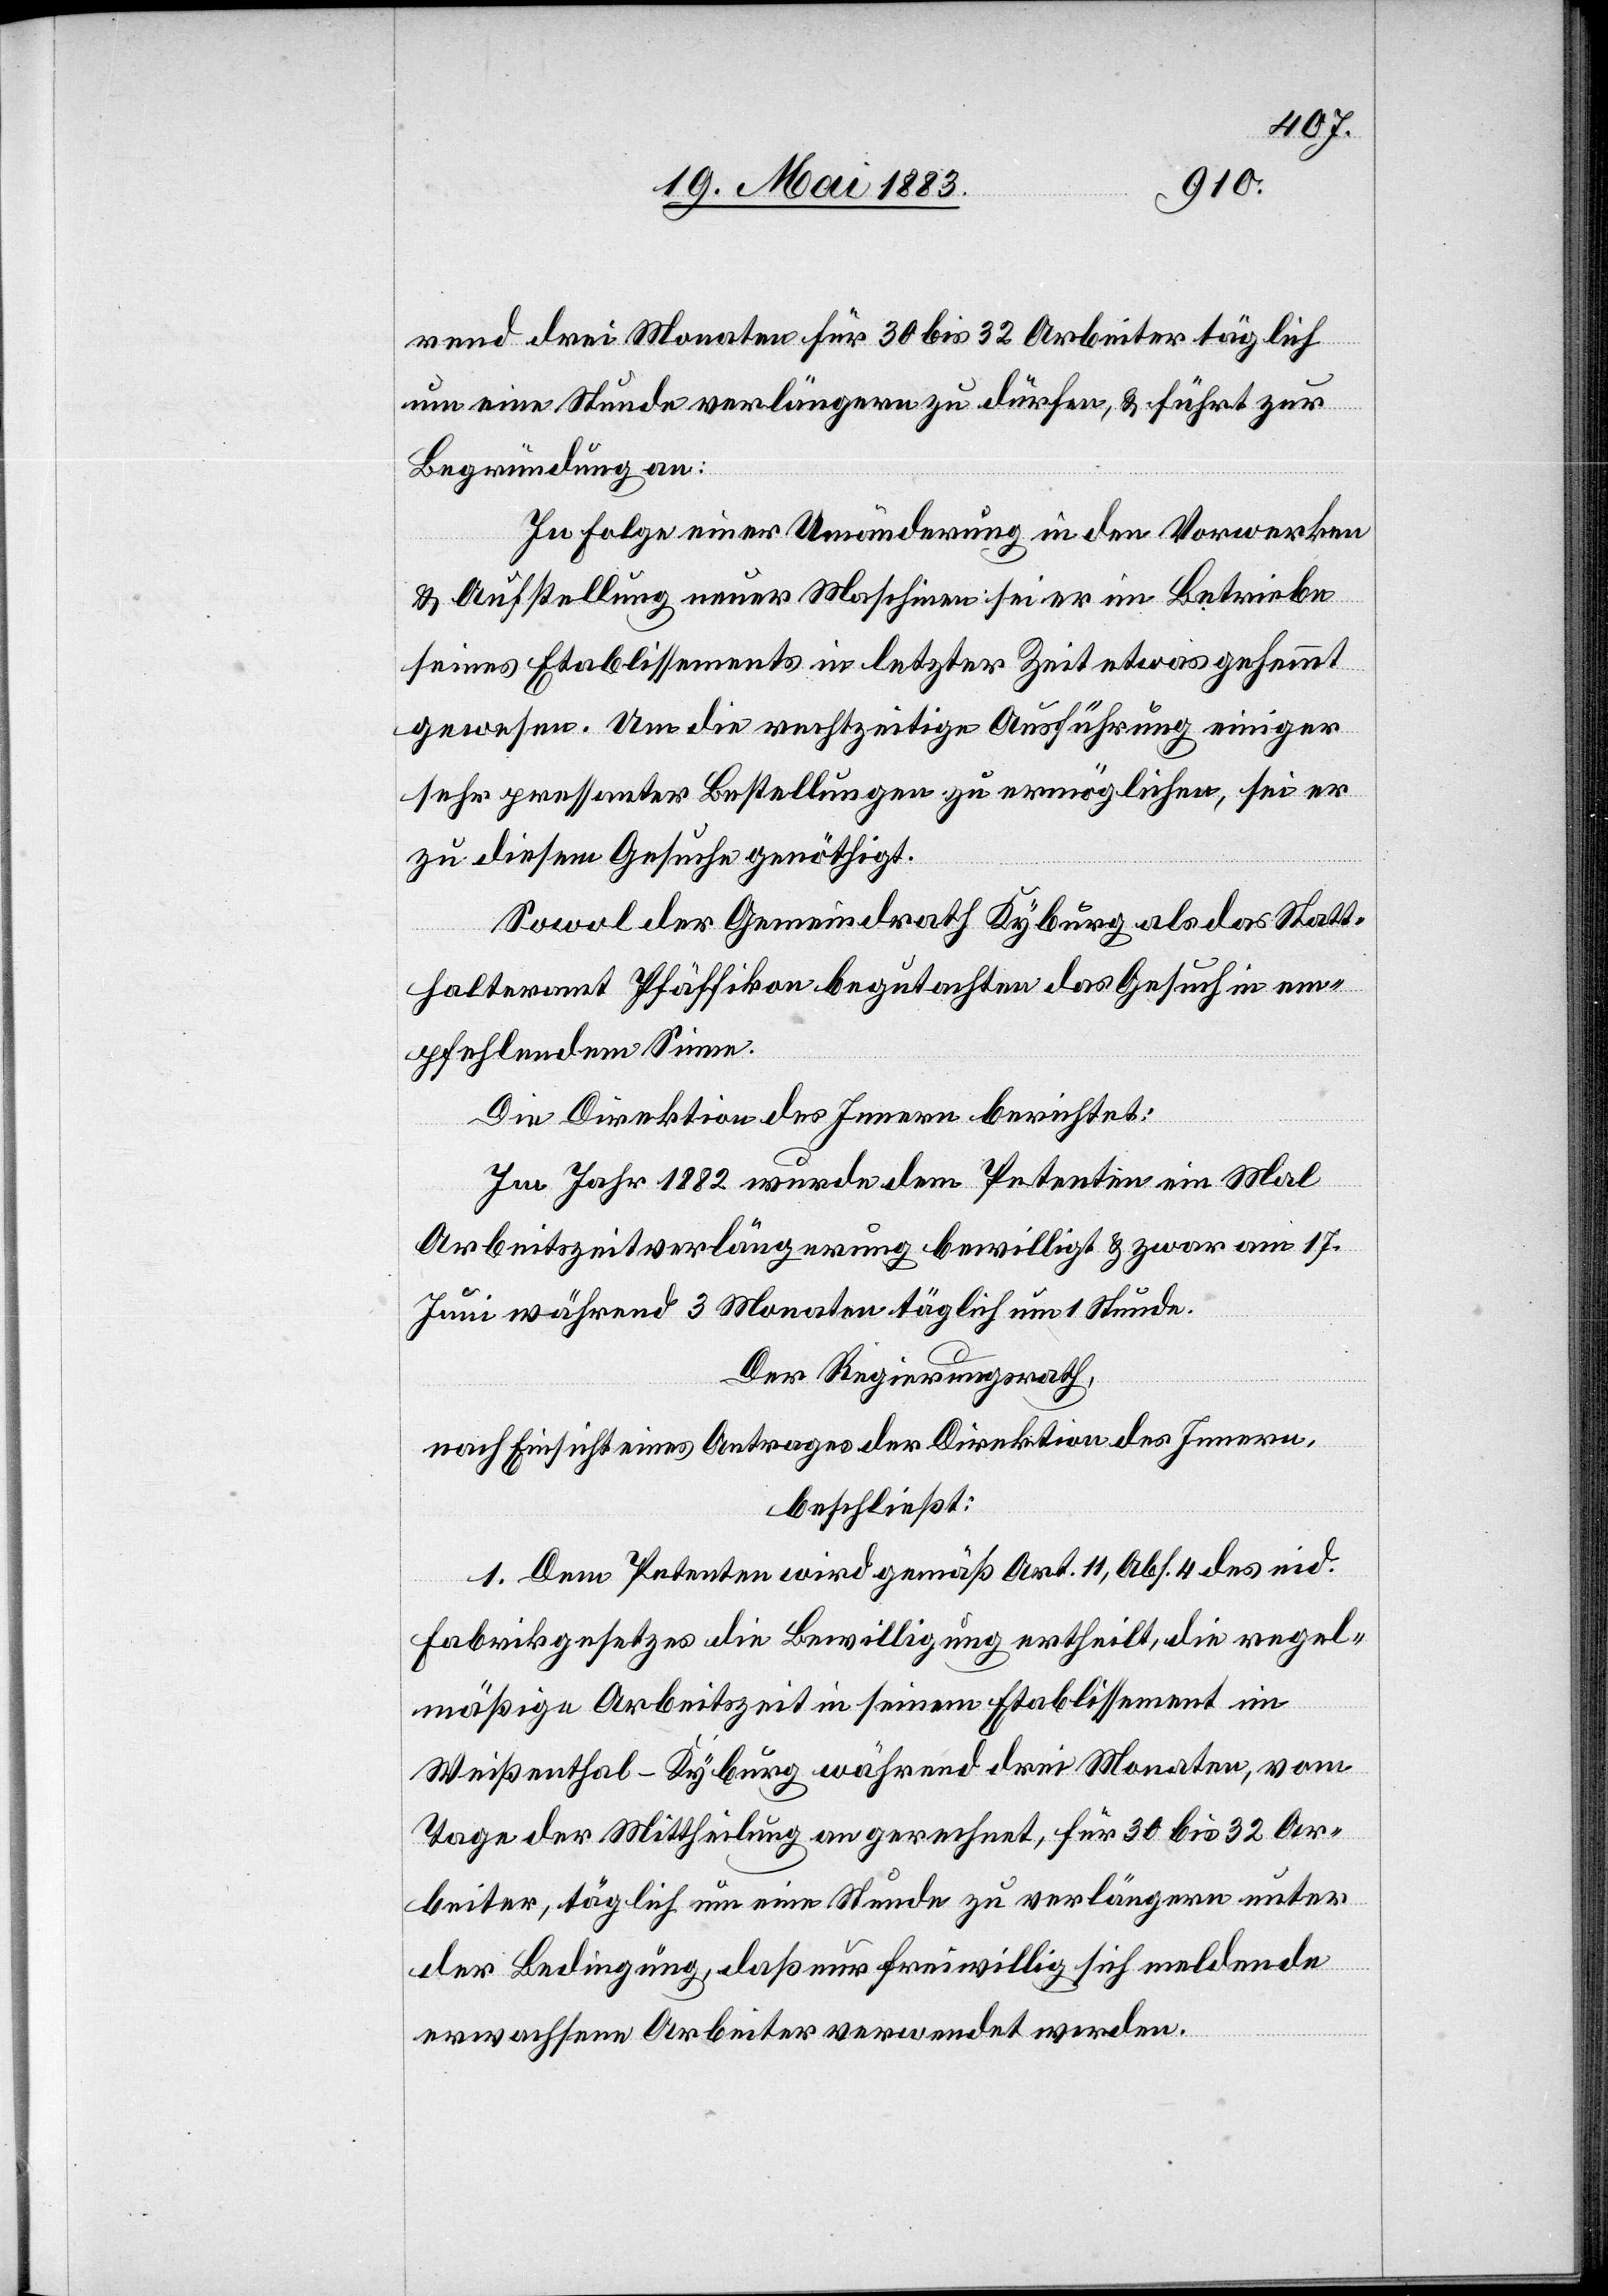
rend drei Monaten für 30 bis 32 Arbeiter täglich
um eine Stunde verlängern zu dürfen, & führt zur
Begründung an:
In Folge einer Umänderung in den Vorwerken
& Aufstellung neuer Maschinen sei er im Betriebe
seines Etablissements in letzter Zeit etwas gehemmt
gewesen. Um die rechtzeitige Ausführung einiger
sehr pressanter Bestellungen zu ermöglichen, sei er
zu diesem Gesuche genöthigt.
Sowol der Gemeindrath Kyburg als das Statt¬
halteramt Pfäffikon begutachten das Gesuch in em¬
pfehlendem Sinne.
Die Direktion des Innern berichtet:
Im Jahr 1882 wurde dem Petenten ein Mal
Arbeitszeitverlängerung bewilligt & zwar am 17.
Juni während 3 Monaten täglich um 1 Stunde.
Der Regierungsrath,
nach Einsicht eines Antrages der Direktion des Innern,
beschließt:
1. Dem Petenten wird gemäß Art. 11, Abs. 4 des eid.
Fabrikgesetzes die Bewilligung ertheilt, die regel¬
mäßige Arbeitszeit in seinem Etablissement im
Weißenthal - Kyburg während drei Monaten, vom
Tage der Mittheilung an gerechnet, für 30–32 Ar¬
beiter, täglich um eine Stunde zu verlängern unter
der Bedingung, daß nur freiwillig sich meldende
erwachsene Arbeiter verwendet werden.